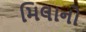
મિલાનો